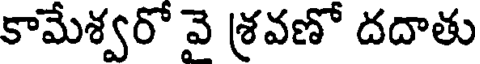
కామేశ్వరో వె శ్రవణో దదాతు